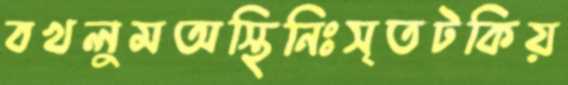
বখলুমঅস্থিনিঃসৃতটকিয়